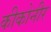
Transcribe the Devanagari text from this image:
कीकोनीर